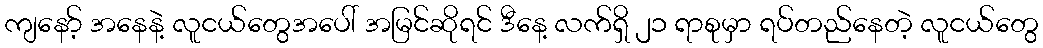
ကျနော့် အနေနဲ့ လူငယ်တွေအပေါ် အမြင်ဆိုရင် ဒီနေ့ လက်ရှိ ၂၁ ရာစုမှာ ရပ်တည်နေတဲ့ လူငယ်တွေ